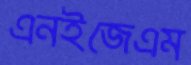
এনইজেএম